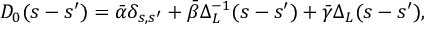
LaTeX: D _ { 0 } ( s - s ^ { \prime } ) = \bar { \alpha } \delta _ { s , s ^ { \prime } } + \bar { \beta } \Delta _ { L } ^ { - 1 } ( s - s ^ { \prime } ) + \bar { \gamma } \Delta _ { L } ( s - s ^ { \prime } ) ,